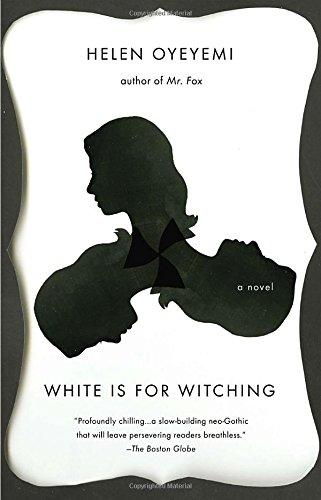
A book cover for White is for Witching; Helen Oyeyemi; Literature & Fiction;